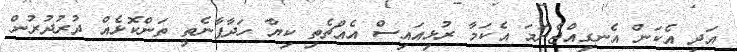
އަދި އެކަން އެނގިއްޖެނަމަ އެކަމާ ރުޅިއައިސް އެއްޗެތި ކިޔާ ހަދާފާނެތީ ތަންކޮޅެއް ދުރުދުރުން